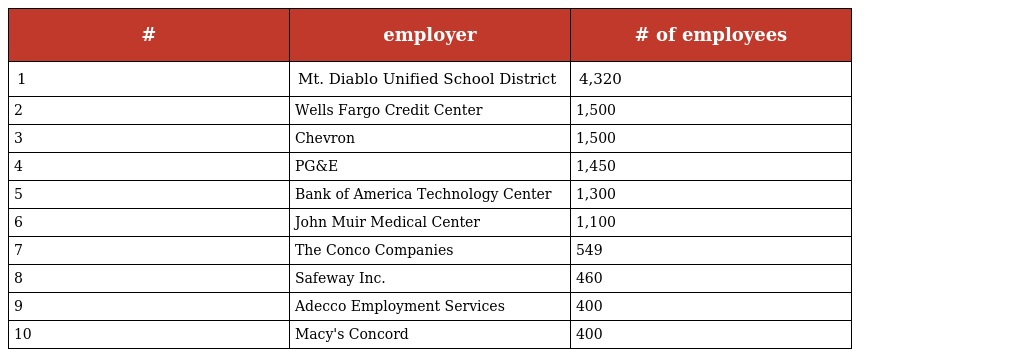
| # | employer | # of employees |
 | --- | --- | --- |
 | 1 | Mt. Diablo Unified School District | 4,320 |
 | 2 | Wells Fargo Credit Center | 1,500 |
 | 3 | Chevron | 1,500 |
 | 4 | PG&E | 1,450 |
 | 5 | Bank of America Technology Center | 1,300 |
 | 6 | John Muir Medical Center | 1,100 |
 | 7 | The Conco Companies | 549 |
 | 8 | Safeway Inc. | 460 |
 | 9 | Adecco Employment Services | 400 |
 | 10 | Macy's Concord | 400 |